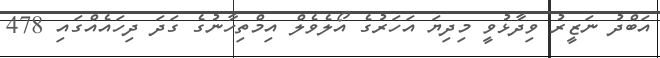
އަބްދު ނަޒީރު ވިދާޅުވީ މިދިޔަ އަހަރުގެ އޯލެވެލް އިމްތިހާނުގެ ގަދަ ދިހައެއްގައި 478